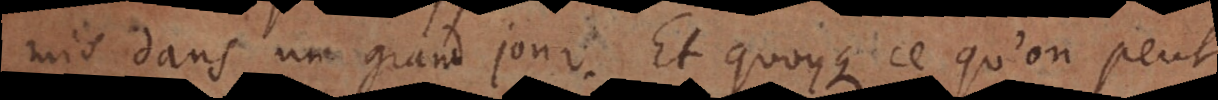
mis dans un grand jour. Et quoyque ce qu’on peut